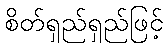
စိတ်ရှည်ရှည်ဖြင့်